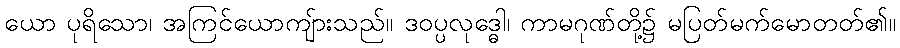
ယော ပုရိသော၊ အကြင်ယောကျ်ားသည်။ ဒဝပ္ပလုဒ္ဓေါ၊ ကာမဂုဏ်တို့၌ မပြတ်မက်မောတတ်၏။